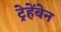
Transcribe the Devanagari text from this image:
ट्रेहेंबेन